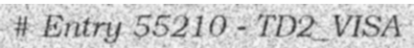
# Entry 55210 - TD2_VISA